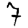
Digit: 7